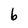
Character: b